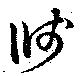
牋